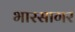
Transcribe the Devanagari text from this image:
भारसागर